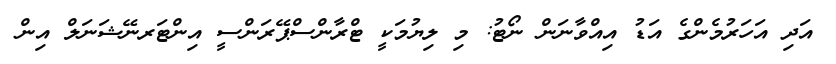
އަދި އަހަރުމެންގެ އަޑު އިއްވާނަން ނޯޓު: މި ލިޔުމަކީ ޓްރާންސްޕޭރަންސީ އިންޓަރނޭޝަނަލް އިން